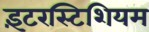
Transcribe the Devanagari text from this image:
इंटरस्टिशियम